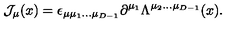
{ \cal J } _ { \mu } ( x ) = \epsilon _ { \mu \mu _ { 1 } . . . \mu _ { D - 1 } } \partial ^ { \mu _ { 1 } } \Lambda ^ { \mu _ { 2 } . . . \mu _ { D - 1 } } ( x ) .